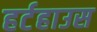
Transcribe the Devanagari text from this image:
हर्टहाउस